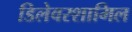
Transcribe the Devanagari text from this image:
डिलेवरशामिल